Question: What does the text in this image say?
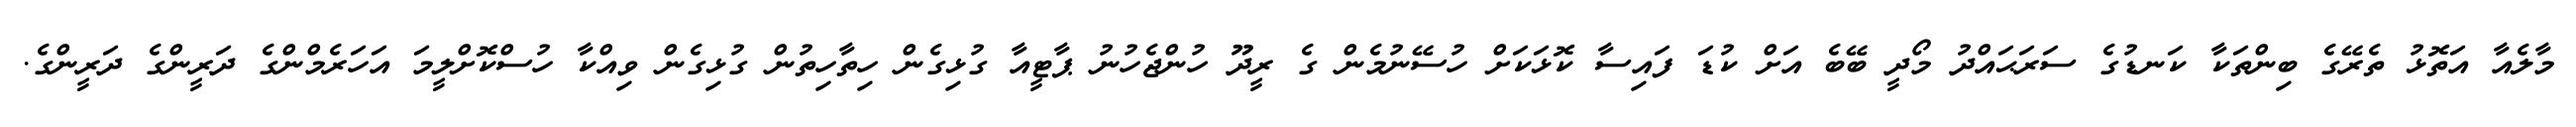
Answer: މާލެއާ އަތޮޅު ތެރޭގެ ބިންތަކާ ކަނޑުގެ ސަރަޙައްދު މޯދީ ބޭބެ އަށް ކުޑަ ފައިސާ ކޮޅަކަށް ހުސޭނުމެން ގެ ރީދޫ ހުންޖެހުނު ޕާޓީއާ ގުޅިގެން ހިތާހިތުން ގުޅިގެން ވިއްކާ ހުސްކޮށްލީމަ އަހަރެމްންގެ ދަރީންގެ ދަރީންގެ.